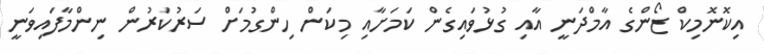
އިކޮނޮމިކް ޒޯންގެ އާމްދަނީ އާއި ގުޅުވައިގެން ކަމަށާއި މިކަން ހިންގުމަށް ސަރުކަރުން ނިންމާފައިވަނީ